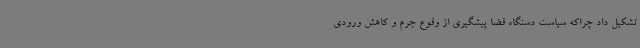
تشکیل داد چراکه سیاست دستگاه قضا پیشگیری از وقوع جرم و کاهش ورودی